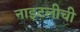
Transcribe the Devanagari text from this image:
नाइटलीची